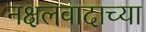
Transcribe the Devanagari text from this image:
नक्षलवादाच्या